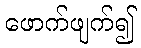
ဖောက်ဖျက်၍